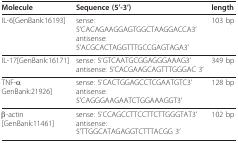
<table><thead><tr><td><b>Molecule</b></td><td><b>Sequence (5&#x27;-3&#x27;)</b></td><td><b>length</b></td></tr></thead><tbody><tr><td>IL-6[GenBank:16193]</td><td>sense: 5&#x27;CACAGAAGGAGTGGCTAAGGACCA3&#x27;antisense: 5&#x27;ACGCACTAGGTTTGCCGAGTAGA3&#x27;</td><td>103 bp</td></tr><tr><td>IL-17[GenBank:16171]</td><td>sense: 5&#x27;GTCAATGCGGAGGGAAAG3&#x27;antisense: 5&#x27;CACGAAGCAGTTTGGGAC 3&#x27;</td><td>349 bp</td></tr><tr><td>TNF-α GenBank:21926]</td><td>sense: 5&#x27;CACTGGAGCCTCGAATGTC3&#x27;antisense: 5&#x27;CAGGGAAGAATCTGGAAAGGT3&#x27;</td><td>128 bp</td></tr><tr><td>β-actin [GenBank:11461]</td><td>sense: 5&#x27;CCAGCCTTCCTTCTTGGGTAT3&#x27;antisense: 5&#x27;TTGGCATAGAGGTCTTTACGG 3&#x27;</td><td>102 bp</td></tr></tbody></table>